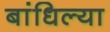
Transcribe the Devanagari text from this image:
बांधिल्या